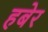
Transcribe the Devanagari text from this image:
हबेर